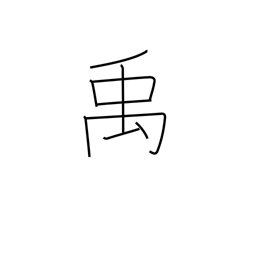
Meaning: name of a Chinese emperor